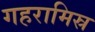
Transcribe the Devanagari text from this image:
गहरामिस्र